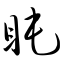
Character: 盹